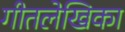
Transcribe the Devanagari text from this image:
गीतलेखिका